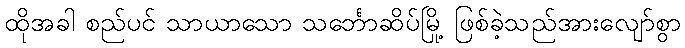
ထိုအခါ စည်ပင် သာယာသော သင်္ဘောဆိပ်မြို့ ဖြစ်ခဲ့သည်အားလျော်စွာ